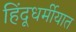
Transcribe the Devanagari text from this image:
हिंदूधर्मीयात